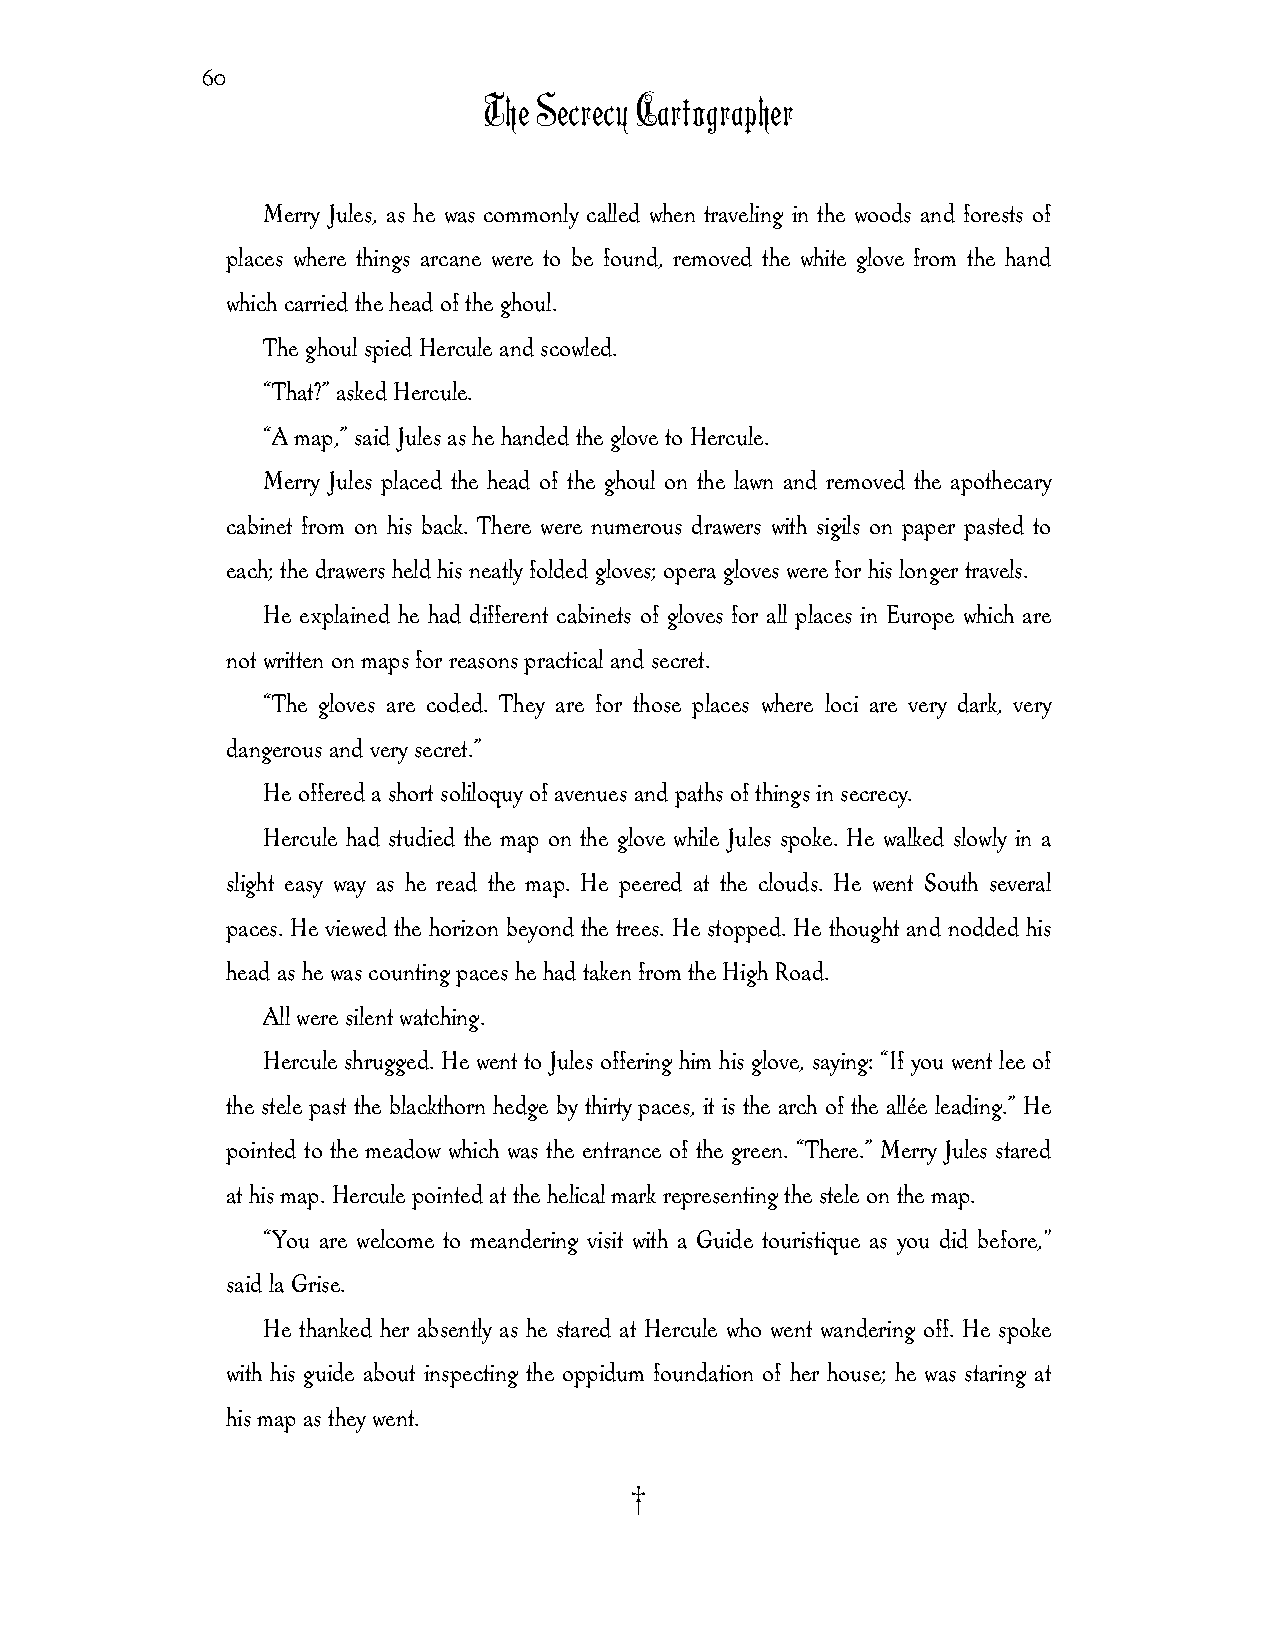
60
 The Secrecy Cartographer
 Merry Jules, as he was commonly called when traveling in the woods and forests of
 places where things arcane were to be found, removed the white glove from the hand
 which carried the head of the ghoul.
 The ghoul spied Hercule and scowled.
 “That?” asked Hercule.
 “A map,” said Jules as he handed the glove to Hercule.
 Merry Jules placed the head of the ghoul on the lawn and removed the apothecary
 cabinet from on his back. There were numerous drawers with sigils on paper pasted to
 each; the drawers held his neatly folded gloves; opera gloves were for his longer travels.
 He explained he had different cabinets of gloves for all places in Europe which are
 not written on maps for reasons practical and secret.
 “The gloves are coded. They are for those places where loci are very dark, very
 dangerous and very secret.”
 He offered a short soliloquy of avenues and paths of things in secrecy.
 Hercule had studied the map on the glove while Jules spoke. He walked slowly in a
 slight easy way as he read the map. He peered at the clouds. He went South several
 paces. He viewed the horizon beyond the trees. He stopped. He thought and nodded his
 head as he was counting paces he had taken from the High Road.
 All were silent watching.
 Hercule shrugged. He went to Jules offering him his glove, saying: “If you went lee of
 the stele past the blackthorn hedge by thirty paces, it is the arch of the allée leading.” He
 pointed to the meadow which was the entrance of the green. “There.” Merry Jules stared
 at his map. Hercule pointed at the helical mark representing the stele on the map.
 “You are welcome to meandering visit with a Guide touristique as you did before,"
 said la Grise.
 He thanked her absently as he stared at Hercule who went wandering off. He spoke
 with his guide about inspecting the oppidum foundation of her house; he was staring at
 his map as they went.
 †